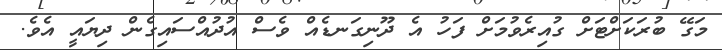
މަގޭ ބުރަކަށްޓަށް ގުއިރެވުމަށް ފަހު އެ ދޫނިގަނޑެއް ވެސް އުދުއްސައިގެން ދިޔައީ އެވެ.